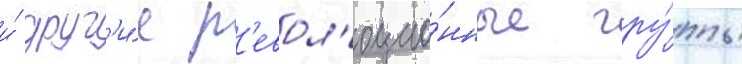
и́ друг'и́е р'евол'юцио́нные гру́ппы